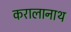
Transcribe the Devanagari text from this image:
करालानाथ